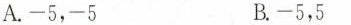
A.-5，-5 B.-5，5